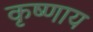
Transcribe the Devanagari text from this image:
कृष्णाय